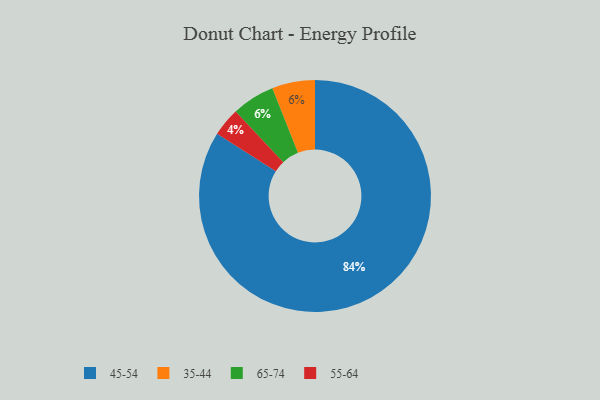
{"axis": {"x": "Category", "y": "Percentage"}, "legend": ["35-44", "45-54", "55-64", "65-74"], "data": [{"x": "45-54", "y": 84, "type": "45-54"}, {"x": "35-44", "y": 6, "type": "35-44"}, {"x": "65-74", "y": 6, "type": "65-74"}, {"x": "55-64", "y": 4, "type": "55-64"}]}